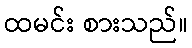
ထမင်း စားသည်။